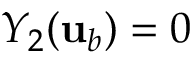
Y _ { 2 } ( { \mathbf { u } } _ { b } ) = 0